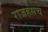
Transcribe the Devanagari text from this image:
राजहंसच